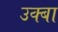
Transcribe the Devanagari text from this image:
उक्बा